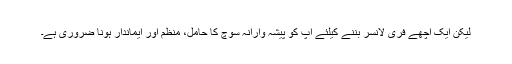
لیکن ایک اچھے فری لانسر بننے کیلئے آپ کو پیشہ وارانہ سوچ کا حامل، منظم اور ایماندار ہونا ضروری ہے۔